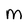
Character: M